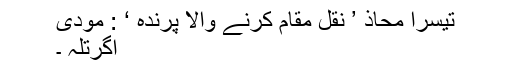
تیسرا محاذ ’ نقل مقام کرنے والا پرندہ ‘ : مودی
اگرتلہ ۔